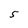
Character: 5